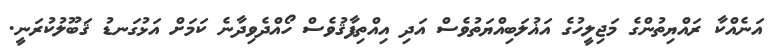
އަނެއްކާ ރައްޔިތުންގެ މަޖިލީހުގެ އަޣުލަބިއްޔަތުވެސް އަދި އިއްތިފާޤުވެސް ހޯއްދެވިދާނެ ކަމަށް އަޅުގަނޑު ޤަބޫލުކުރަނީ.